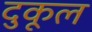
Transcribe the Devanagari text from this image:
दुकूल